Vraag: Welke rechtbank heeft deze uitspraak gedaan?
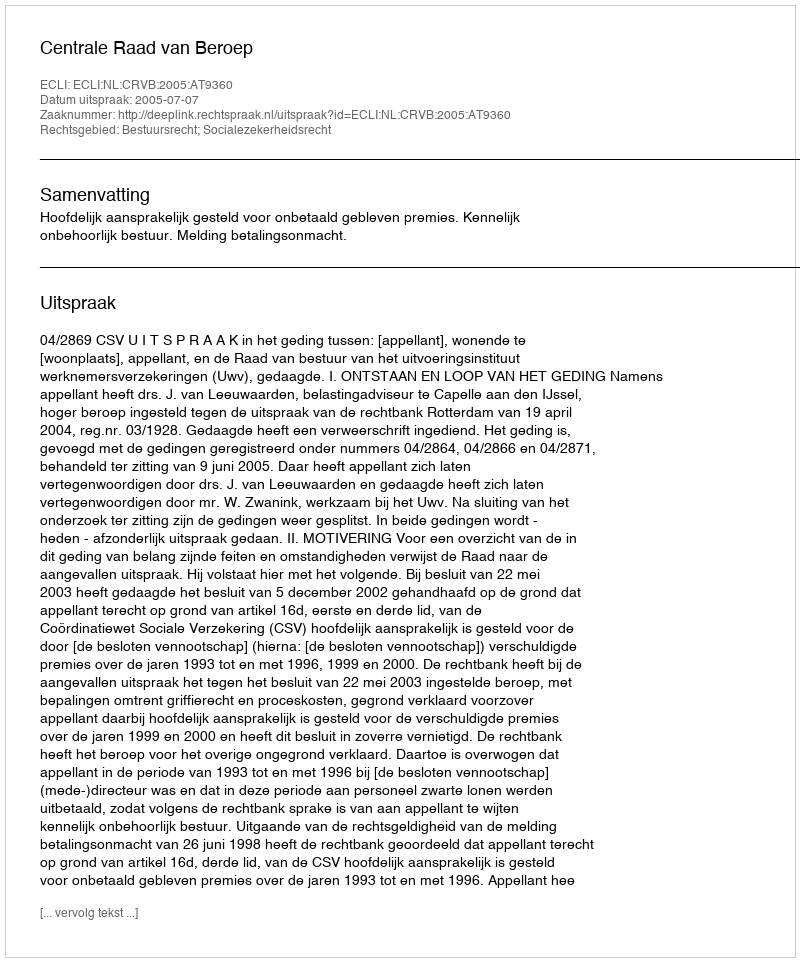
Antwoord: Centrale Raad van Beroep